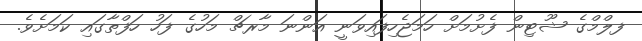
ފލްމްގެ ޝޫޓިން ފެށުމަށް ހަމަޖެހިފައިވަނީ އަންނަ މާރޗް މަހުގެ ފަހު ހަފްތާގައި ކަމަށެވެ.